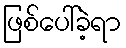
ဖြစ်ပေါ်ခဲ့ရာ